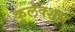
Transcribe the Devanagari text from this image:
कुलेक्शन